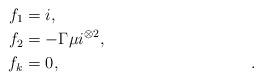
LaTeX: \begin{align*} f_1 & = i , \\ f_2 & = -\Gamma\mu i^{\otimes 2} , \\ f_k & = 0 , && . \end{align*}